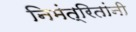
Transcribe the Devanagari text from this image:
निमंत्रितांनी